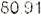
80.91